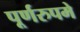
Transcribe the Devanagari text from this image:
पूर्णरुपमे